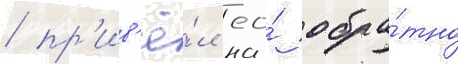
/ пр'ив'ё́л ео́ обра́тно